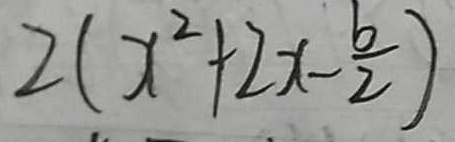
2 ( x ^ { 2 } + 2 x - \frac { b } { 2 } )